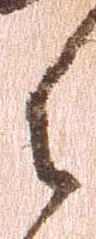
御